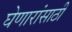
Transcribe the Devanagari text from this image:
घेणारांसाठी